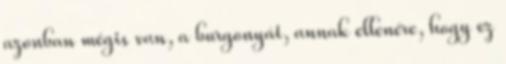
azonban mégis van, a burgonyát, annak ellenére, hogy ez